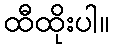
ထီထိုးပါ။